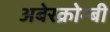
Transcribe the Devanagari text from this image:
अबेरक्रोम्बी